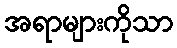
အရာများကိုသာ